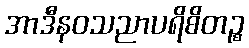
အာဒီနဝသညာပရိစိတဉ္စ